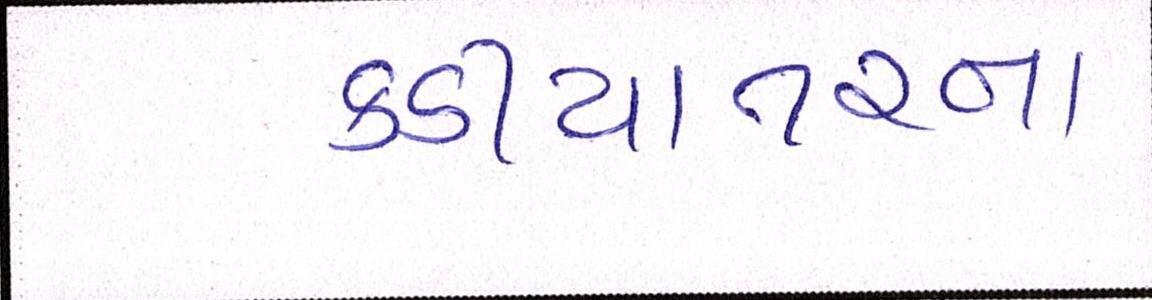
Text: કડીયાતરના